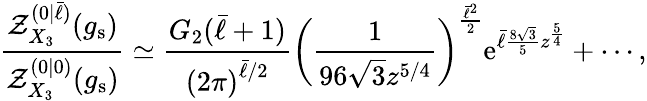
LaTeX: \frac{\mathcal{Z}_{X_{3}}^{(0|\bar{\ell})}(g_{\mathrm{s}})}{\mathcal{Z}_{X_{3}}^{(0|0)}(g_{\mathrm{s}})}\simeq\frac{G_{2}(\bar{\ell}+1)}{\left(2\pi\right)^{\bar{\ell}/2}}\left(\frac{1}{96\sqrt{3}z^{5/4}}\right)^{\frac{\bar{\ell}^{2}}{2}}{\mathrm{e}}^{\bar{\ell}\frac{8\sqrt{3}}{5}z^{\frac{5}{4}}}+\cdots,